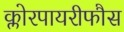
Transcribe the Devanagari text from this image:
क्लोरपायरीफौस